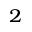
^ { 2 }